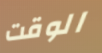
الوقت